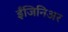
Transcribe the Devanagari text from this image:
ईंजिनिअर